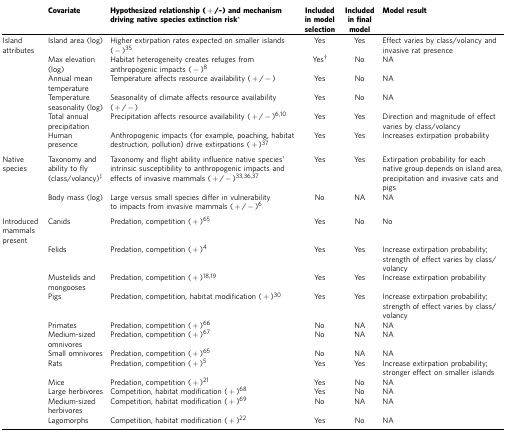
|  | Covariate | Hypothesized relationship (+/–) and mechanism driving native species extinction risk* | Included in model selection | Included in final model | Model result |
 | --- | --- | --- | --- | --- | --- |
 | Island attributes | Island area (log) | Higher extirpation rates expected on smaller islands (−)35 | Yes | Yes | Effect varies by class/volancy and invasive rat presence |
 |  | Max elevation (log) | Habitat heterogeneity creates refuges from anthropogenic impacts (−)8 | Yes† | No | NA |
 |  | Annual mean temperature | Temperature affects resource availability (+/−) | Yes | No | NA |
 |  | Temperature seasonality (log) | Seasonality of climate affects resource availability (+/−) | Yes | No | NA |
 |  | Total annual precipitation | Precipitation affects resource availability (+/−)610 | Yes | Yes | Direction and magnitude of effect varies by class/volancy |
 |  | Human presence | Anthropogenic impacts (for example, poaching, habitat destruction, pollution) drive extirpations (+)37 | Yes | Yes | Increases extirpation probability |
 | Native species | Taxonomy and ability to fly (class/volancy)‡ | Taxonomy and flight ability influence native species' intrinsic susceptibility to anthropogenic impacts and effects of invasive mammals (+/−)333637 | Yes | Yes | Extirpation probability for each native group depends on island area, precipitation and invasive cats and pigs |
 |  | Body mass (log) | Large versus small species differ in vulnerability to impacts from invasive mammals (+/−)6 | No | NA | NA |
 | Introduced mammals present | Canids | Predation, competition (+)65 | Yes | No | No |
 |  | Felids | Predation, competition (+)4 | Yes | Yes | Increase extirpation probability; strength of effect varies by class/volancy |
 |  | Mustelids and mongooses | Predation, competition (+)1819 | Yes | Yes | Increase extirpation probability |
 |  | Pigs | Predation, competition, habitat modification (+)30 | Yes | Yes | Increase extirpation probability; strength of effect varies by class/volancy |
 |  | Primates | Predation, competition (+)66 | No | NA | NA |
 |  | Medium-sized omnivores | Predation, competition (+)67 | No | NA | NA |
 |  | Small omnivores | Predation, competition (+)65 | No | NA | NA |
 |  | Rats | Predation, competition (+)5 | Yes | Yes | Increase extirpation probability; stronger effect on smaller islands |
 |  | Mice | Predation, competition (+)21 | Yes | No | NA |
 |  | Large herbivores | Competition, habitat modification (+)68 | Yes | No | NA |
 |  | Medium-sized herbivores | Competition, habitat modification (+)69 | No | NA | NA |
 |  | Lagomorphs | Competition, habitat modification (+)22 | Yes | No | NA |